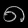
Digit: ၈